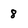
Character: 8